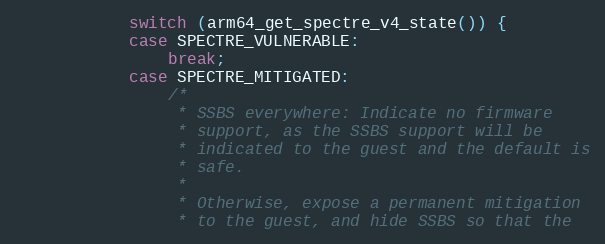
Language: C
			switch (arm64_get_spectre_v4_state()) {
			case SPECTRE_VULNERABLE:
				break;
			case SPECTRE_MITIGATED:
				/*
				 * SSBS everywhere: Indicate no firmware
				 * support, as the SSBS support will be
				 * indicated to the guest and the default is
				 * safe.
				 *
				 * Otherwise, expose a permanent mitigation
				 * to the guest, and hide SSBS so that the